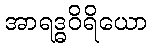
အာရဒ္ဓဝိရိယော